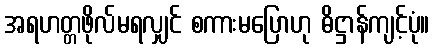
အရဟတ္တဖိုလ်မရလျှင် စကားမပြောဟု ဓိဋ္ဌာန်ကျင့်ပုံ။